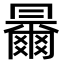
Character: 𠕰